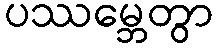
ပဿမ္ဘေတွာ